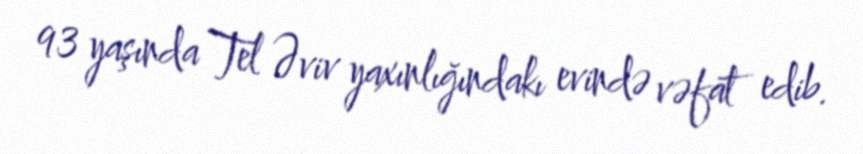
93 yaşında Tel Əviv yaxınlığındakı evində vəfat edib.